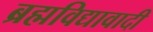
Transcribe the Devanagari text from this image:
ब्रह्मविद्यावादी